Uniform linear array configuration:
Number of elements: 16
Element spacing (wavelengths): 0.5
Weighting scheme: blackman
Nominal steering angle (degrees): -60
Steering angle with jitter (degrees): -61.693
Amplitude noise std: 0.05
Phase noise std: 0.05

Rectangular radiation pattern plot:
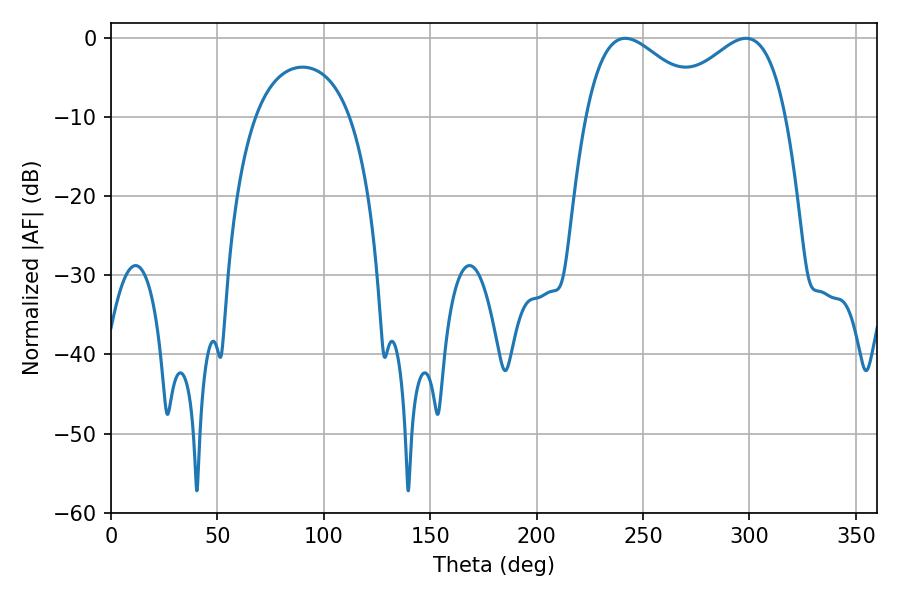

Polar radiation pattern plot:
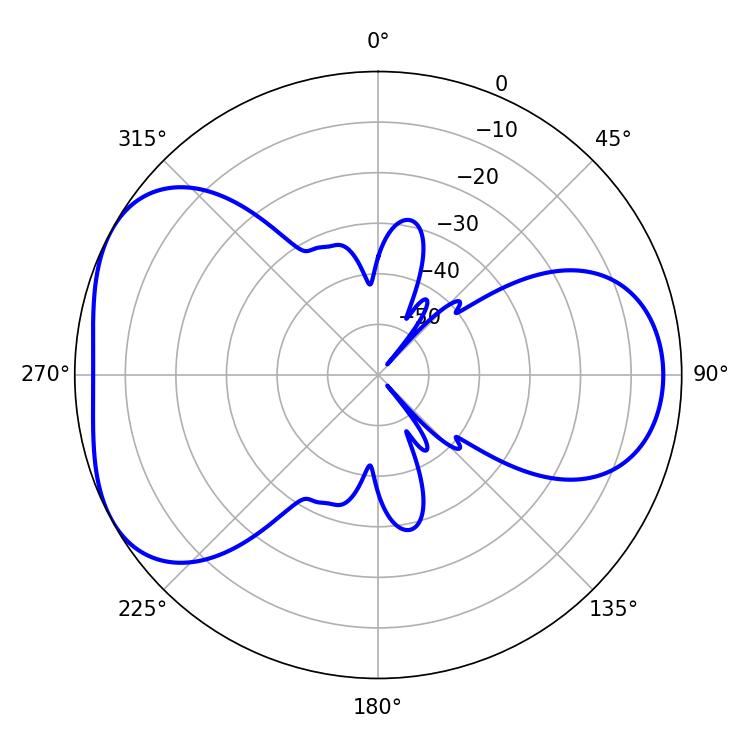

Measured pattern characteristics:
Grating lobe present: FALSE
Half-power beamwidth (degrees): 31.14
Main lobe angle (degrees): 241.56